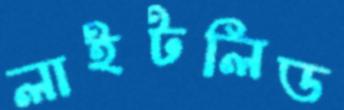
লাইটলিড